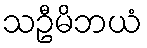
သဦမိဘယံ